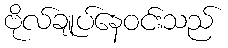
ဗိုလ်ချုပ်နေဝင်းသည်